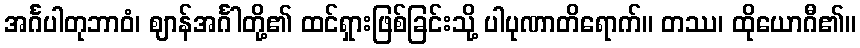
အင်္ဂပါတုဘာဝံ၊ ဈာန်အင်္ဂါတို့၏ ထင်ရှားဖြစ်ခြင်းသို့ ပါပုဏာတိရောက်။ တဿ၊ ထိုယောဂီ၏။